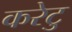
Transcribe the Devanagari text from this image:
करेटु